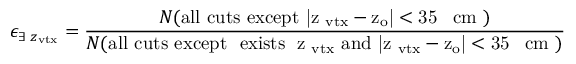
\epsilon _ { \exists \; z _ { \mathrm { v t x } } } = \frac { N ( \mathrm { a l l ~ c u t s ~ e x c e p t ~ | z _ { \mathrm { ~ v t x } } - z _ { o } | < 3 5 \, ~ \mathrm { ~ c m } ~ } ) } { N ( \mathrm { a l l ~ c u t s ~ e x c e p t ~ \ e x i s t s \; ~ z _ { \mathrm { ~ v t x } } ~ a n d ~ | z _ { \mathrm { ~ v t x } } - z _ { o } | < 3 5 \, ~ \mathrm { ~ c m } ~ } ) }